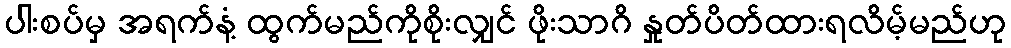
ပါးစပ်မှ အရက်နံ့ ထွက်မည်ကိုစိုးလျှင် ဖိုးသာဂိ နှုတ်ပိတ်ထားရလိမ့်မည်ဟု